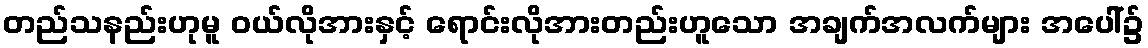
တည်သနည်းဟုမူ ဝယ်လိုအားနှင့် ရောင်းလိုအားတည်းဟူသော အချက်အလက်များ အပေါ်၌